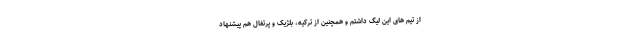
از تیم های این لیگ داشتم و همچنین از ترکیه، بلژیک و پرتغال هم پیشنهاد